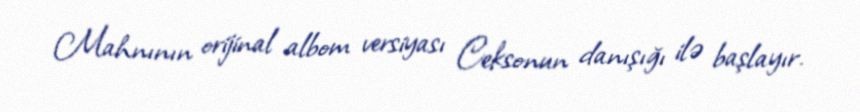
Mahnının orijinal albom versiyası Ceksonun danışığı ilə başlayır.